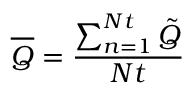
\overline { { Q } } = \frac { \sum _ { n = 1 } ^ { N t } \tilde { Q } } { N t }